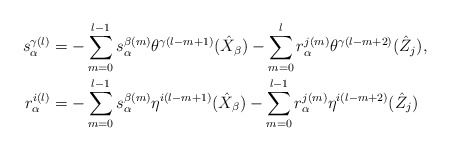
\begin{align*}s^{\gamma(l)}_\alpha &= -\sum_{m=0}^{l-1} s^{\beta(m)}_\alpha \theta^{\gamma(l-m+1)}(\hat{X}_\beta) - \sum_{m=0}^{l} r^{j(m)}_\alpha \theta^{\gamma(l-m+2)}(\hat{Z}_j), \\r^{i(l)}_\alpha &= -\sum_{m=0}^{l-1} s^{\beta(m)}_\alpha \eta^{i(l-m+1)} (\hat{X}_\beta) - \sum_{m=0}^{l-1} r^{j(m)}_\alpha \eta^{i(l-m+2)} (\hat{Z}_j)\end{align*}